Vaccination in Bombay 1863-1868 - 1863-1868
Year: 1863
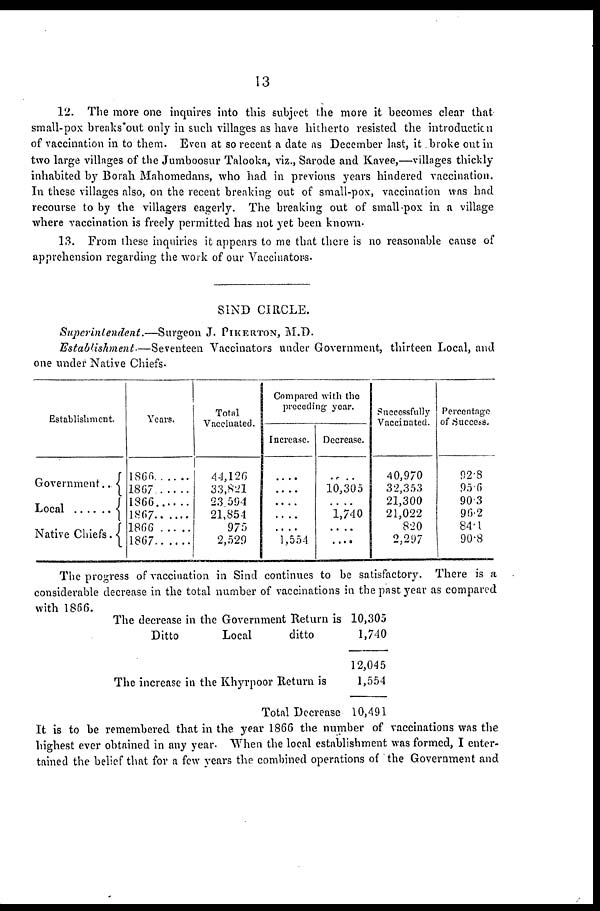
13
12. The more one inquires into this subject the more it becomes clear that
small-pox breaks'out only in such villages as have hitherto resisted the introduction
of vaccination in to them. Even at so recent a date as December last, it broke out in
two large villages of the Jumboosur Talooka, viz., Sarode and Kavee,—villages thickly
inhabited by Borah Mahomedans, who had in previous years hindered vaccination.
In these villages also, on the recent breaking out of small-pox, vaccination was had
recourse to by the villagers eagerly. The breaking out of small-pox in a village
where vaccination is freely permitted has not yet been known.
13. From these inquiries it appears to me that there is no reasonable cause of
apprehension regarding the work of our Vaccinators.
SIND CIRCLE.
Superintendent.—Surgeon
J. PIKERTON, M.D.
Establishment.—Seventeen
Vaccinators under Government, thirteen Local, and
one under Native Chiefs.
Establishment.
Government..
Local............
Native Chiefs.
Years.
1866.......
1867
.
1866.......
1867
1866
1867
Total
Vaccinated.
44,126
33,821
23,594
21,854
975
2,529
Compared with the
preceding year.
Increase.
....
....
....
....
....
1,554
Decrease.
....
10,305
....
1,740
....
....
Successfully
Vaccinated.
40,970
32,353
21,300
21,022
820
2,297
Percentage
of Success.
92.8
95.6
90.3
96.2
84.1
90.8
The progress of vaccination in Sind continues to be satisfactory. There is a
considerable decrease in the total number of vaccinations in the past year as compared
with 1866.
The decrease in the Government Return is
Ditto
Local
ditto
The increase in the Khyrpoor Return is
Total Decrease
10,305
1,740
12,045
1,554
10,491
It is to be remembered that in the year 1866 the number of vaccinations was the
highest ever obtained in any year. When the local establishment was formed, I enter-
tained the belief that for a few years the combined operations of the Government and